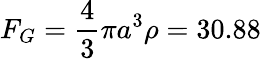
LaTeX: F_{G}=\frac{4}{3}\pi a^{3}\rho=30.88